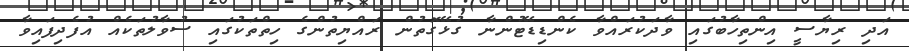
އަދި ރިޔާސީ އިންތިހާބުގައި ވާދަކުރައްވާ ކެންޑިޑޭޓުންނާ ގުޅޭގޮތުން ރައްޔިތުންގެ ހިތްތަކުގައި ސުވާލުތަކެއް އުފެދިފައިވާ